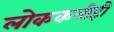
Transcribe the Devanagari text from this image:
लोककवीही